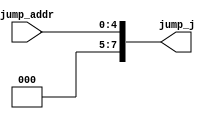
`timescale 1ns / 1ps


module jump(
    jump_addr, jump_j
    );
    input [4:0] jump_addr;
    output reg [7:0] jump_j;
    
    always@(*)
    begin
       jump_j[7:0] <= {3'b000, jump_addr[4:0]};
    end
    
    
endmodule